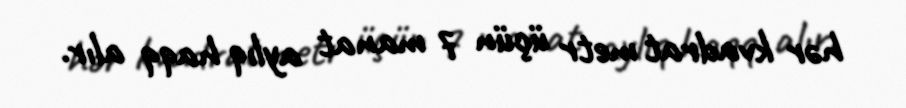
hər kvadrat metr üçün 7 manat aylıq haqq alır.